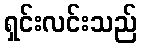
ရှင်းလင်းသည်